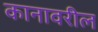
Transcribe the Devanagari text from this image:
कानावरील